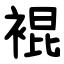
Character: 裩